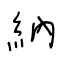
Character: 納